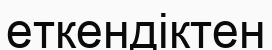
еткендіктен